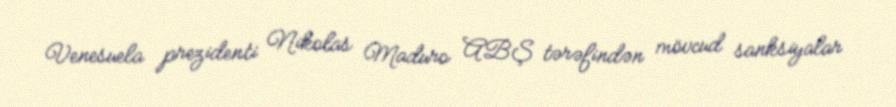
Venesuela prezidenti Nikolas Maduro ABŞ tərəfindən mövcud sanksiyalar